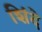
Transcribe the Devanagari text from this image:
शिंदे